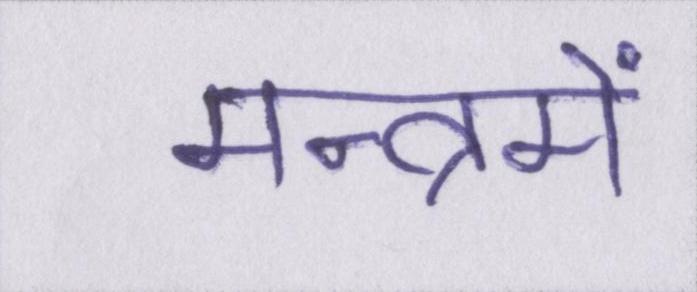
मन्त्रमें